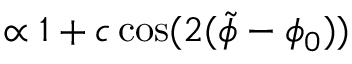
\propto 1 + c \cos ( 2 ( \Tilde { \phi } - \phi _ { 0 } ) )